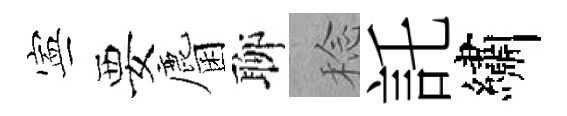
寕要麕聊稔託繡